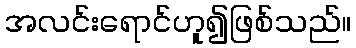
အလင်းရောင်ဟူ၍ဖြစ်သည်။